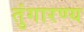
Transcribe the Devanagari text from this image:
तुंगारण्य